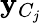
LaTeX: \mathbf{y}_{C_{j}}